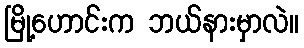
မြို့ဟောင်းက ဘယ်နားမှာလဲ။